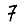
Digit: 7